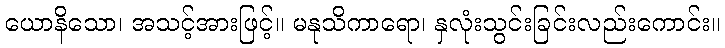
ယောနိသော၊ အသင့်အားဖြင့်။ မနုသိကာရော၊ နှလုံးသွင်းခြင်းလည်းကောင်း။